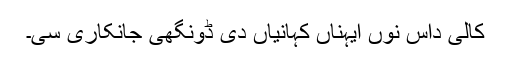
کالی داس نوں ایہناں کہانیاں دی ڈونگھی جانکاری سی۔